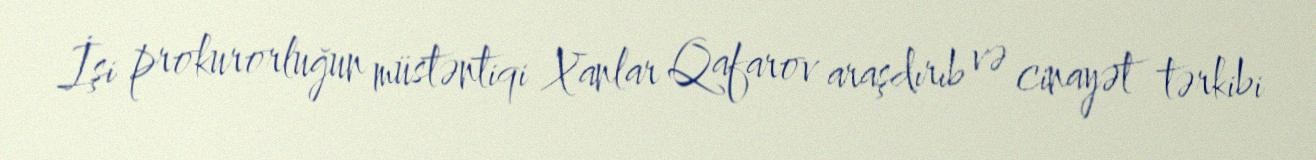
İşi prokurorluğun müstəntiqi Xanlar Qafarov araşdırıb və cinayət tərkibi